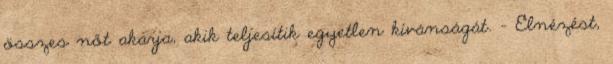
összes nőt akarja, akik teljesítik egyetlen kívánságát. - Elnézést,